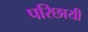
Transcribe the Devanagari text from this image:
परिछायी